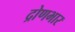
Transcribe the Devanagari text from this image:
द्रोणभार